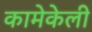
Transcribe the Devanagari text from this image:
कामेकेली